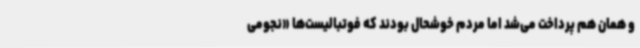
و همان هم پرداخت می‌شد اما مردم خوشحال بودند که فوتبالیست‌ها «نجومی